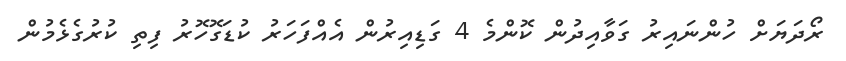
ރޯދަޔަށް ހުންނައިރު ގަވާއިދުން ކޮންމެ 4 ގަޑިއިރުން އެއްފަހަރު ކުޑަގޮހޮރު ފިތި ކުރުގެޅެމުން